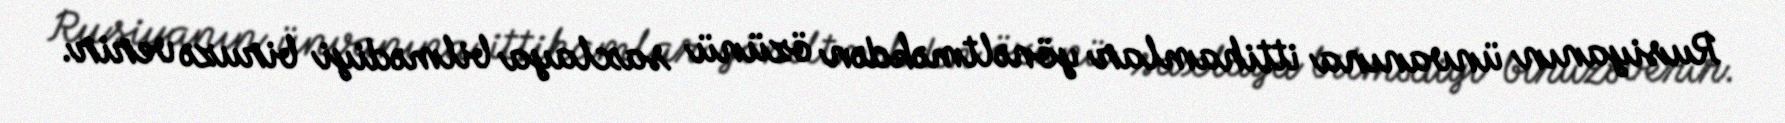
Rusiyanın ünvanına ittihamlar yönəltməkdən özünü saxlaya bilmədiyi biruzə verir.